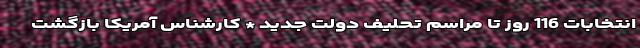
انتخابات 116 روز تا مراسم تحلیف دولت جدید * کارشناس آمریکا بازگشت